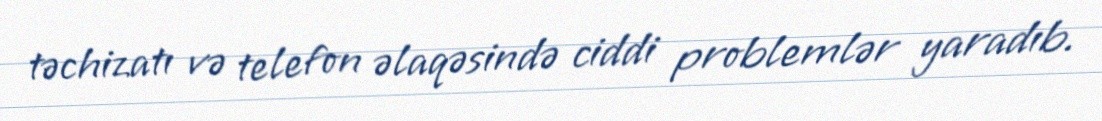
təchizatı və telefon əlaqəsində ciddi problemlər yaradıb.